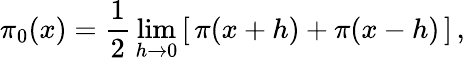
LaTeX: \pi_{0}(x)={\frac{1}{2}}\operatorname*{lim}_{h\to 0}\left[\, \pi(x+h)+\pi(x-h)\, \right]\, ,